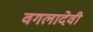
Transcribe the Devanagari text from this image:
वगलादेवी